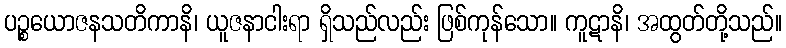
ပဉ္စယောဇနသတိကာနိ၊ ယူဇနာငါးရာ ရှိသည်လည်း ဖြစ်ကုန်သော။ ကူဋာနိ၊ အထွတ်တို့သည်။